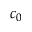
c _ { 0 }